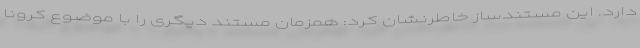
دارد. این مستندساز خاطرنشان کرد: همزمان مستند دیگری را با موضوع کرونا